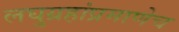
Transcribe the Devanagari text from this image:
लघुग्रहांप्रमाणेच